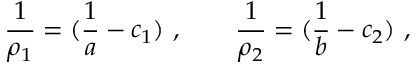
\frac { 1 } { \rho _ { 1 } } = ( \frac { 1 } { a } - c _ { 1 } ) \ , \qquad \frac { 1 } { \rho _ { 2 } } = ( \frac { 1 } { b } - c _ { 2 } ) \ ,